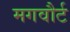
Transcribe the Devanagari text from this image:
मगवौर्ट